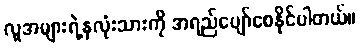
လူအများရဲ့နှလုံးသားကို အရည်ပျော်စေနိုင်ပါတယ်။